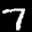
Label: 7